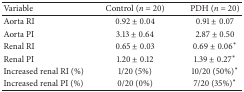
<table><thead><tr><td><b>Variable</b></td><td><b>Control (<i>n</i> = 20)</b></td><td><b>PDH (<i>n</i> = 20)</b></td></tr></thead><tbody><tr><td>Aorta RI</td><td>0.92 ± 0.04</td><td>0.91 ± 0.07</td></tr><tr><td>Aorta PI</td><td>3.13 ± 0.64</td><td>2.87 ± 0.50</td></tr><tr><td>Renal RI</td><td>0.65 ± 0.03</td><td>0.69 ± 0.06<sup><i>∗</i></sup></td></tr><tr><td>Renal PI</td><td>1.20 ± 0.12</td><td>1.39 ± 0.27<sup><i>∗</i></sup></td></tr><tr><td>Increased renal RI (%)</td><td>1/20 (5%)</td><td>10/20 (50%)<sup><i>∗</i></sup></td></tr><tr><td>Increased renal PI (%)</td><td>0/20 (0%)</td><td>7/20 (35%)<sup><i>∗</i></sup></td></tr></tbody></table>